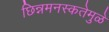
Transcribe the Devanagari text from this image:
छिन्नमनस्कतेमुळे